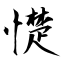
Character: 憷